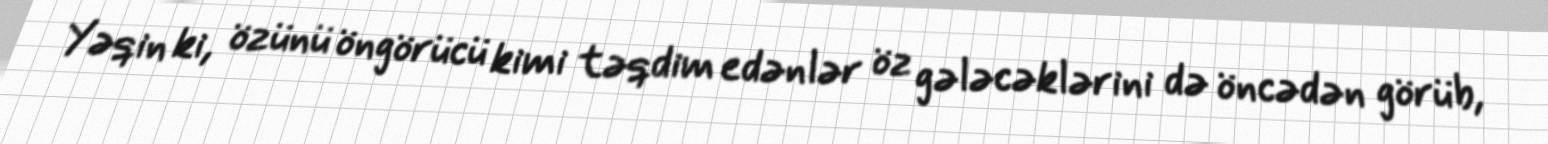
Yəqin ki, özünü öngörücü kimi təqdim edənlər öz gələcəklərini də öncədən görüb,